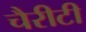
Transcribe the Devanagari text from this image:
चैरीटी